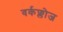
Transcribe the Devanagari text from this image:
वर्कफ्लोज